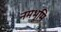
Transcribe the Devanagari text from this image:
नमभूमि